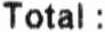
TOTAL :